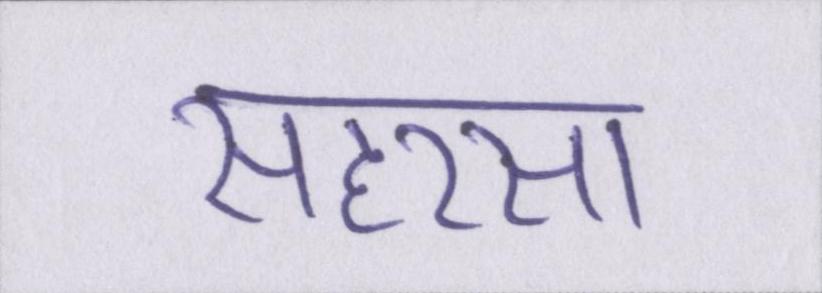
सहरसा